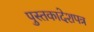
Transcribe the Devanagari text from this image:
पुस्तकादेशपत्र